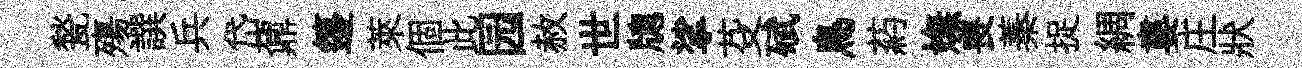
甃殤譔兵岱鼐籩萊個此园赦世牕挲芟碔鳥葯嫵喪蓁捉綢婁庄狀